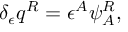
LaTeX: \delta _ { \epsilon } q ^ { R } = \epsilon ^ { A } \psi _ { A } ^ { R } ,